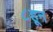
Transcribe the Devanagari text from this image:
८हून